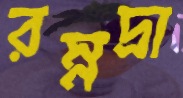
রম্নদ্রা